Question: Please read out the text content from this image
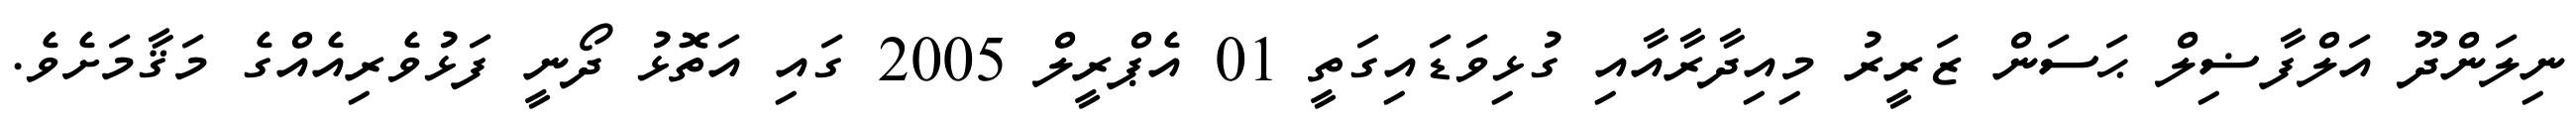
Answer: ނިލަންދޫ އަލްފާޟިލް ޙަސަން ޒަރީރު މިއިދާރާއާއި ގުޅިވަޑައިގަތީ 01 އެޕްރީލް 2005 ގައި އަތޮޅު ދޯނީ ފަޅުވެރިއެއްގެ މަޤާމަށެވެ.